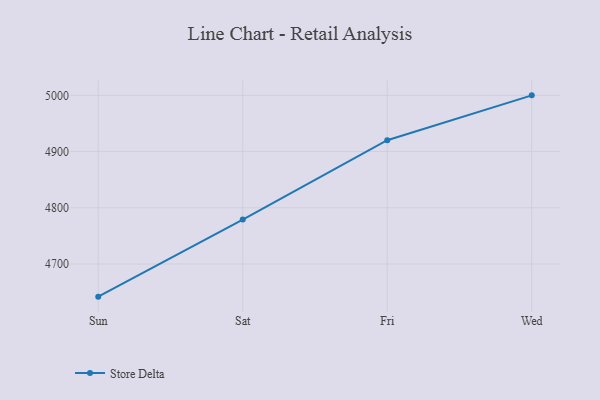
{"axis": {"x": "Day", "y": "Bounce Rate (%)"}, "legend": ["Store Delta"], "data": [{"x": "Sun", "y": 4641.9, "type": "Store Delta"}, {"x": "Sat", "y": 4779.1, "type": "Store Delta"}, {"x": "Fri", "y": 4920.2, "type": "Store Delta"}, {"x": "Wed", "y": 5000, "type": "Store Delta"}]}